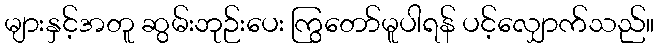
များနှင့်အတူ ဆွမ်းဘုဉ်းပေး ကြွတော်မူပါရန် ပင့်လျှောက်သည်။